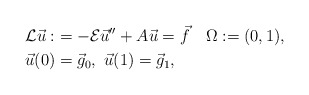
\begin{align*}{\cal L}\vec{u}:&= -{\cal E}\vec{u}'' + A\vec{u}= \vec{f}\quad\Omega:=(0,1),\\\vec{u}(0) &=\vec{g}_0,\ \vec{u}(1) =\vec{g}_1,\end{align*}